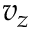
v _ { z }